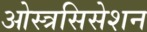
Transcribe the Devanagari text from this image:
ओस्त्रसिसेशन